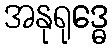
အနုရုဒ္ဓေ